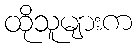
ထိုသူများက